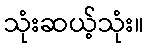
သုံးဆယ့်သုံး။